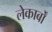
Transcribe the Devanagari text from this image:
लेकार्बों